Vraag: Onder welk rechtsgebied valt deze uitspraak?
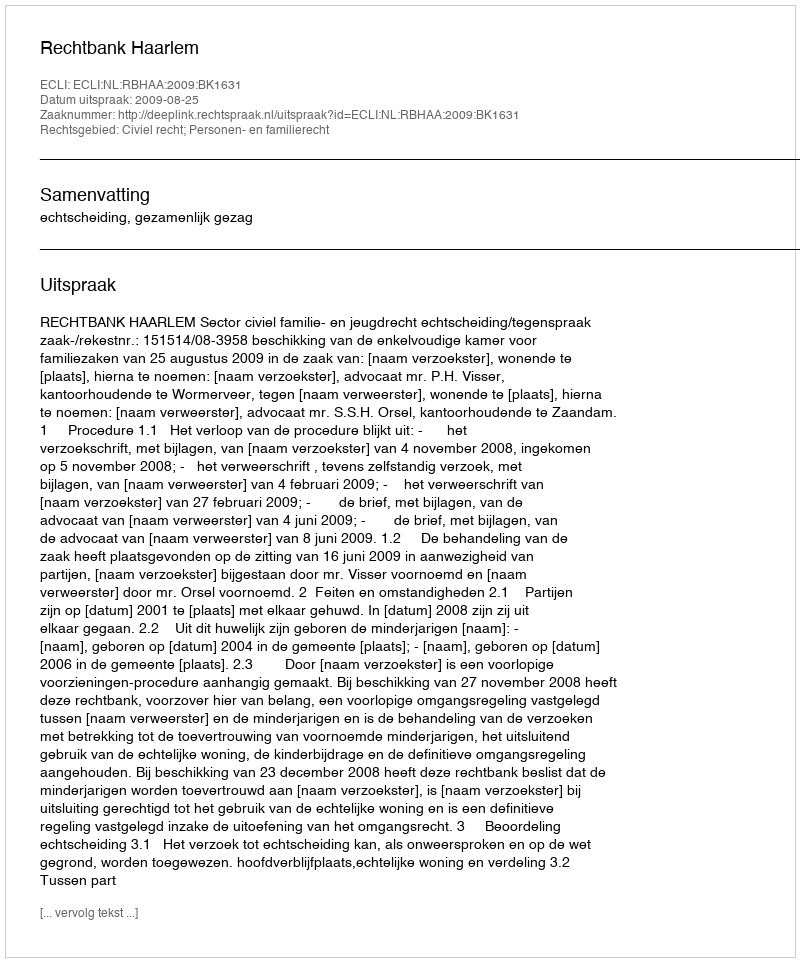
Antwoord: Civiel recht; Personen- en familierecht